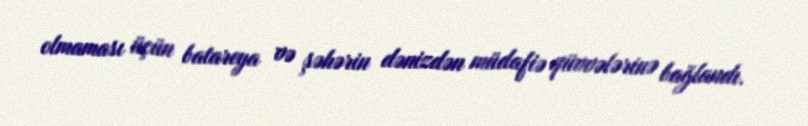
olmaması üçün batareya və şəhərin dənizdən müdafiə qüvvələrinə bağlandı.